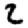
Digit: 2